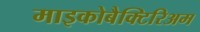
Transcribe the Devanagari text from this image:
माइकोबैक्टिरिअम